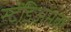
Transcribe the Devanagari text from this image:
स्टेडिअमवर